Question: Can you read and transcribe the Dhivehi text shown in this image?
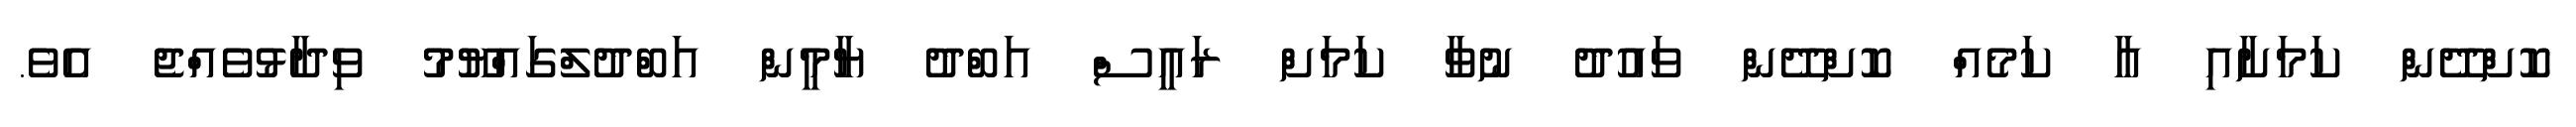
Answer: ކޮށްދޭން ކަމަށާއި އާ ކަމެއް ކޮށްދޭން ވައުދު ނުވާ ކަމަށް ރައީސް އަބްދު ޔާމީން އަބްދުލްގައްޔޫމު ވިދާޅުވެއްޖެ އެވެ.